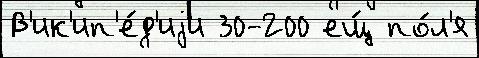
В'ик'ип'е́д'иjи 30-200 ещ́ по́л'я